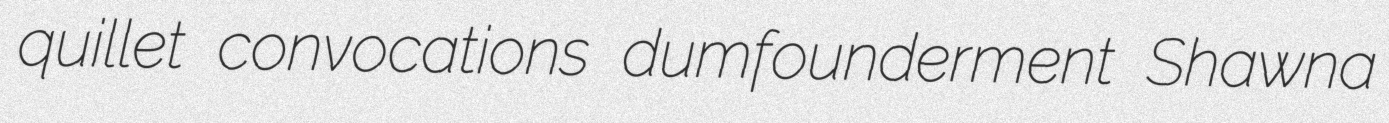
quillet convocations dumfounderment Shawna